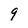
Character: 9